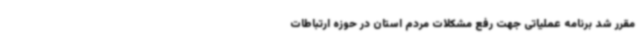
مقرر شد برنامه عملیاتی جهت رفع مشکلات مردم استان در حوزه ارتباطات